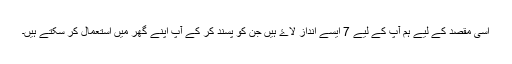
اسی مقصد کے لیے ہم آپ کے لیے 7 ایسے انداز لاۓ ہیں جن کو پسند کر کے آپ اپنے گھر میں استعمال کر سکتے ہیں۔